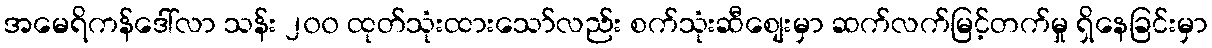
အမေရိကန်ဒေါ်လာ သန်း ၂၀၀ ထုတ်သုံးထားသော်လည်း စက်သုံးဆီစျေးမှာ ဆက်လက်မြင့်တက်မှု ရှိနေခြင်းမှာ